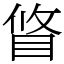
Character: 䀺